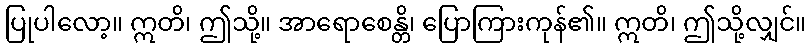
ပြုပါလော့။ ဣတိ၊ ဤသို့။ အာရောစေန္တိ၊ ပြောကြားကုန်၏။ ဣတိ၊ ဤသို့လျှင်။